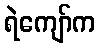
ရဲကျော်က